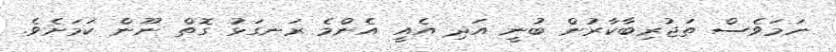
ނަމަވެސް ތަޖުރިބާކާރުން ބުނީ އަދި އެއީ އެންމެ ރަނގަޅު ގޮތް ނޫން ކަމަށެވެ.